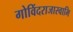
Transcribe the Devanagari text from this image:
गोविंदराजास्वामि